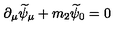
\partial _ { \mu } \widetilde { \psi } _ { \mu } + m _ { 2 } \widetilde { \psi } _ { 0 } = 0